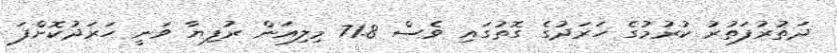
ދަތުރުފަތުރު ކުރުމުގެ ހަރަދުގެ ގޮތުގައި ވެސް 71.8 މިލިއަން ރުފިޔާ ވަނީ ހަރަދުކޮށްފަ